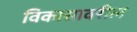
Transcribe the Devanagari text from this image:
विकासावरील